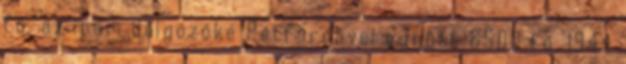
fő, az ipari dolgozóké Pétfürdővel együtt 6500 fő. 1944